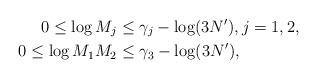
LaTeX: \begin{align*}0 \leq \log M_j &\leq \gamma_j-\log(3N'), j=1,2, \\0\le\log M_1 M_2 &\leq \gamma_3-\log(3N'),\end{align*}